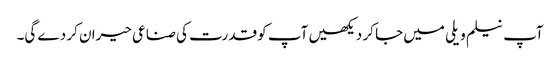
آپ نیلم ویلی میں جا کر دیکھیں آپ کو قدرت کی صناعی حیران کر دے گی۔